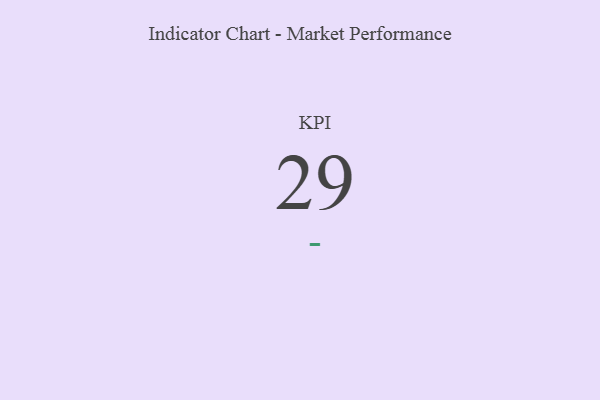
{"axis": {"x": "KPI", "y": "Value"}, "legend": [""], "data": [{"x": "KPI", "y": 29, "type": ""}]}